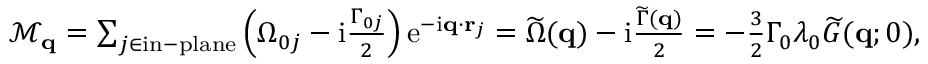
\begin{array} { r } { \mathcal { M } _ { \mathbf { q } } = \sum _ { j \in \mathrm { i n - p l a n e } } \left( \Omega _ { 0 j } - \mathrm { i } \frac { \Gamma _ { 0 j } } { 2 } \right) \mathrm { e } ^ { - \mathrm { i } \mathbf { q } \cdot \mathbf { r } _ { j } } = \widetilde \Omega ( \mathbf { q } ) - \mathrm { i } \frac { \widetilde \Gamma ( \mathbf { q } ) } { 2 } = - \frac { 3 } { 2 } \Gamma _ { 0 } \lambda _ { 0 } \widetilde G ( \mathbf { q } ; 0 ) , } \end{array}